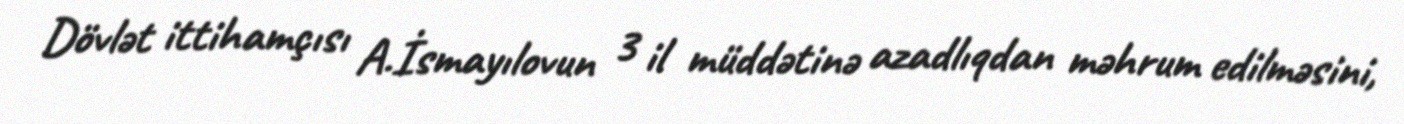
Dövlət ittihamçısı A.İsmayılovun 3 il müddətinə azadlıqdan məhrum edilməsini,